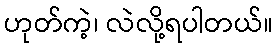
ဟုတ်ကဲ့၊ လဲလို့ရပါတယ်။